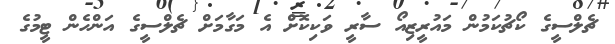
ޗެލްސީގެ ކޯޗުކަމުން މައުރީޒިއޯ ސާރީ ވަކިކޮށް އެ މަގާމަށް ޗެލްސީގެ އަންހެން ޓީމުގެ